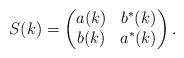
LaTeX: \begin{align*} S(k)=\begin{pmatrix}a(k) & b^*(k) \\ b(k) & a^*(k) \end{pmatrix}.\end{align*}